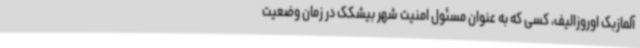
آلمازبک اوروزالیف، کسی که به عنوان مسئول امنیت شهر بیشکک در زمان وضعیت